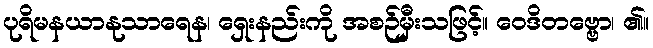
ပုရိမနယာနုသာရေန၊ ရှေးနည်းကို အစဉ်မှီးသဖြင့်။ ဝေဒိတဗ္ဗော၊ ၏။